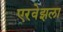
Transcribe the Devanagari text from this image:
एरवेझला